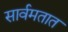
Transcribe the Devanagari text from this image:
सार्वमतात